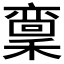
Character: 𱶣